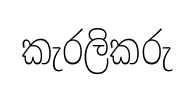
කැරලිකරු